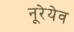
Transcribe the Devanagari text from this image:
नूरेयेव